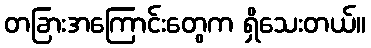
တခြားအကြောင်းတွေက ရှိသေးတယ်။